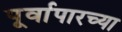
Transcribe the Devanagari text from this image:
पूर्वापारच्या